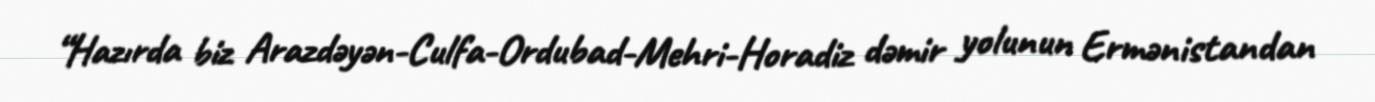
“Hazırda biz Arazdəyən-Culfa-Ordubad-Mehri-Horadiz dəmir yolunun Ermənistandan